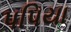
પપિયા